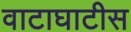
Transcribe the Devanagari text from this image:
वाटाघाटीस